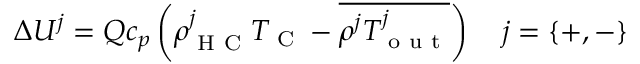
\Delta U ^ { j } = Q c _ { p } \left( \rho _ { \textrm { H C } } ^ { j } T _ { \textrm { C } } - \overline { { \rho ^ { j } T _ { \textrm { o u t } } ^ { j } } } \right) \quad j = \{ + , - \}